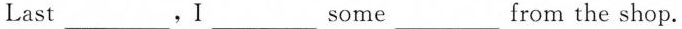
Last ___,I ___ some ___ from the shop.